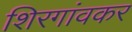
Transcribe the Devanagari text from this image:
शिरगांवकर